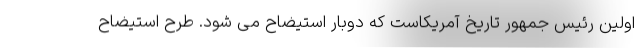
اولین رئیس جمهور تاریخ آمریکاست که دوبار استیضاح می شود. طرح استیضاح